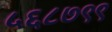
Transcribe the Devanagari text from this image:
५६८७९९